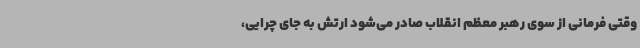
وقتی فرمانی از سوی رهبر معظم انقلاب صادر می‌شود ارتش به جای چرایی،